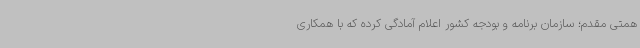
همتی مقدم؛ سازمان برنامه و بودجه کشور اعلام آمادگی کرده که با همکاری